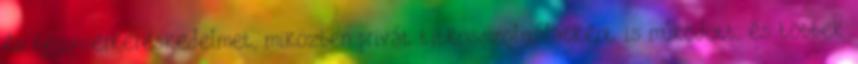
és fegyverkereskedelmet, miközben privát titkosszolgálatként is működött, és többek